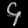
Digit: ၄